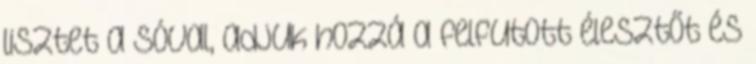
lisztet a sóval, adjuk hozzá a felfutott élesztőt és